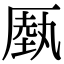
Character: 𠪑